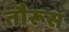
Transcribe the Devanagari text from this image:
तौरूस